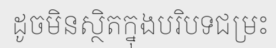
ដូចមិនស្ថិតក្នុងបរិបទជម្រះ